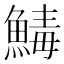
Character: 𩹝